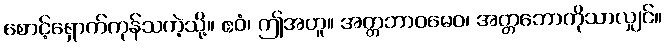
စောင့်ရှောက်ကုန်သကဲ့သို့။ ဧဝံ၊ ဤအတူ။ အတ္တဘာဝမေဝ၊ အတ္တဘောကိုသာလျှင်။